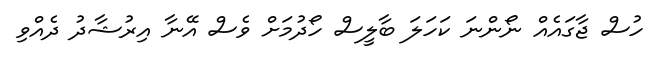
ހުސް ޖާގައެއް ނޯންނަ ކަހަލަ ބާލީސް ހޯދުމަށް ވެސް އޭނާ އިރުޝާދު ދެއްވި